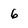
Character: 6